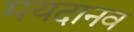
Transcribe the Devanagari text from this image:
मयदानव